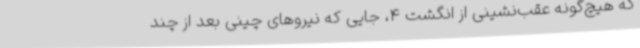
که هیچ‌گونه عقب‌نشینی از انگشت 4، جایی که نیروهای چینی بعد از چند